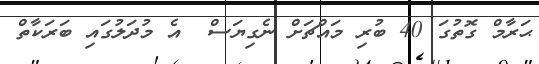
ޙަރާމް ގޮތުގަ 40 ބުރި މައްޗަށް ނެގިޔަސް  އެ މުދަލުގައި ބަރަކާތް